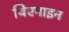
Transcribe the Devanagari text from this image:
थिएनाइन